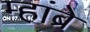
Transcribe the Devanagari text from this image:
म्हांब्रे